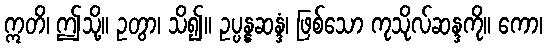
ဣတိ၊ ဤသို့။ ဥတွာ၊ သိ၍။ ဥပ္ပန္နဆန္ဒံ၊ ဖြစ်သော ကုသိုလ်ဆန္ဒကို။ ကော၊